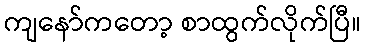
ကျနော်ကတော့ စာထွက်လိုက်ပြီ။